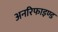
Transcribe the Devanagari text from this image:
अनरिफाइण्ड